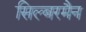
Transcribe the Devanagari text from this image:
सिल्बरमैन